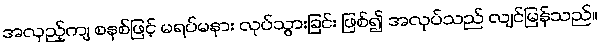
အလှည့်ကျ စနစ်ဖြင့် မရပ်မနား လုပ်သွားခြင်း ဖြစ်၍ အလုပ်သည် လျင်မြန်သည်။